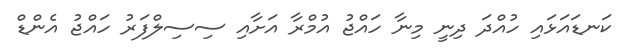
ކަނޑައަޅައި ހުއްދަ ދިނީ މިނާ ހައްޖު އުމްރާ އަށާއި ސިސިލްފަރު ހައްޖު އެންޑް